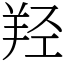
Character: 羟